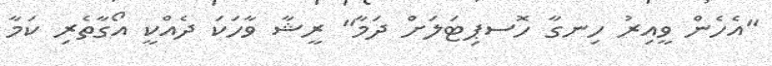
"އެހެން ވީއިރު ހިނގާ ހޮސޕިޓަލަށް ދަމާ" ރީޝާ ވާހަކަ ދެއްކީ އޯގާތެރި ކަމާ